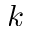
k